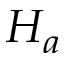
H _ { a }